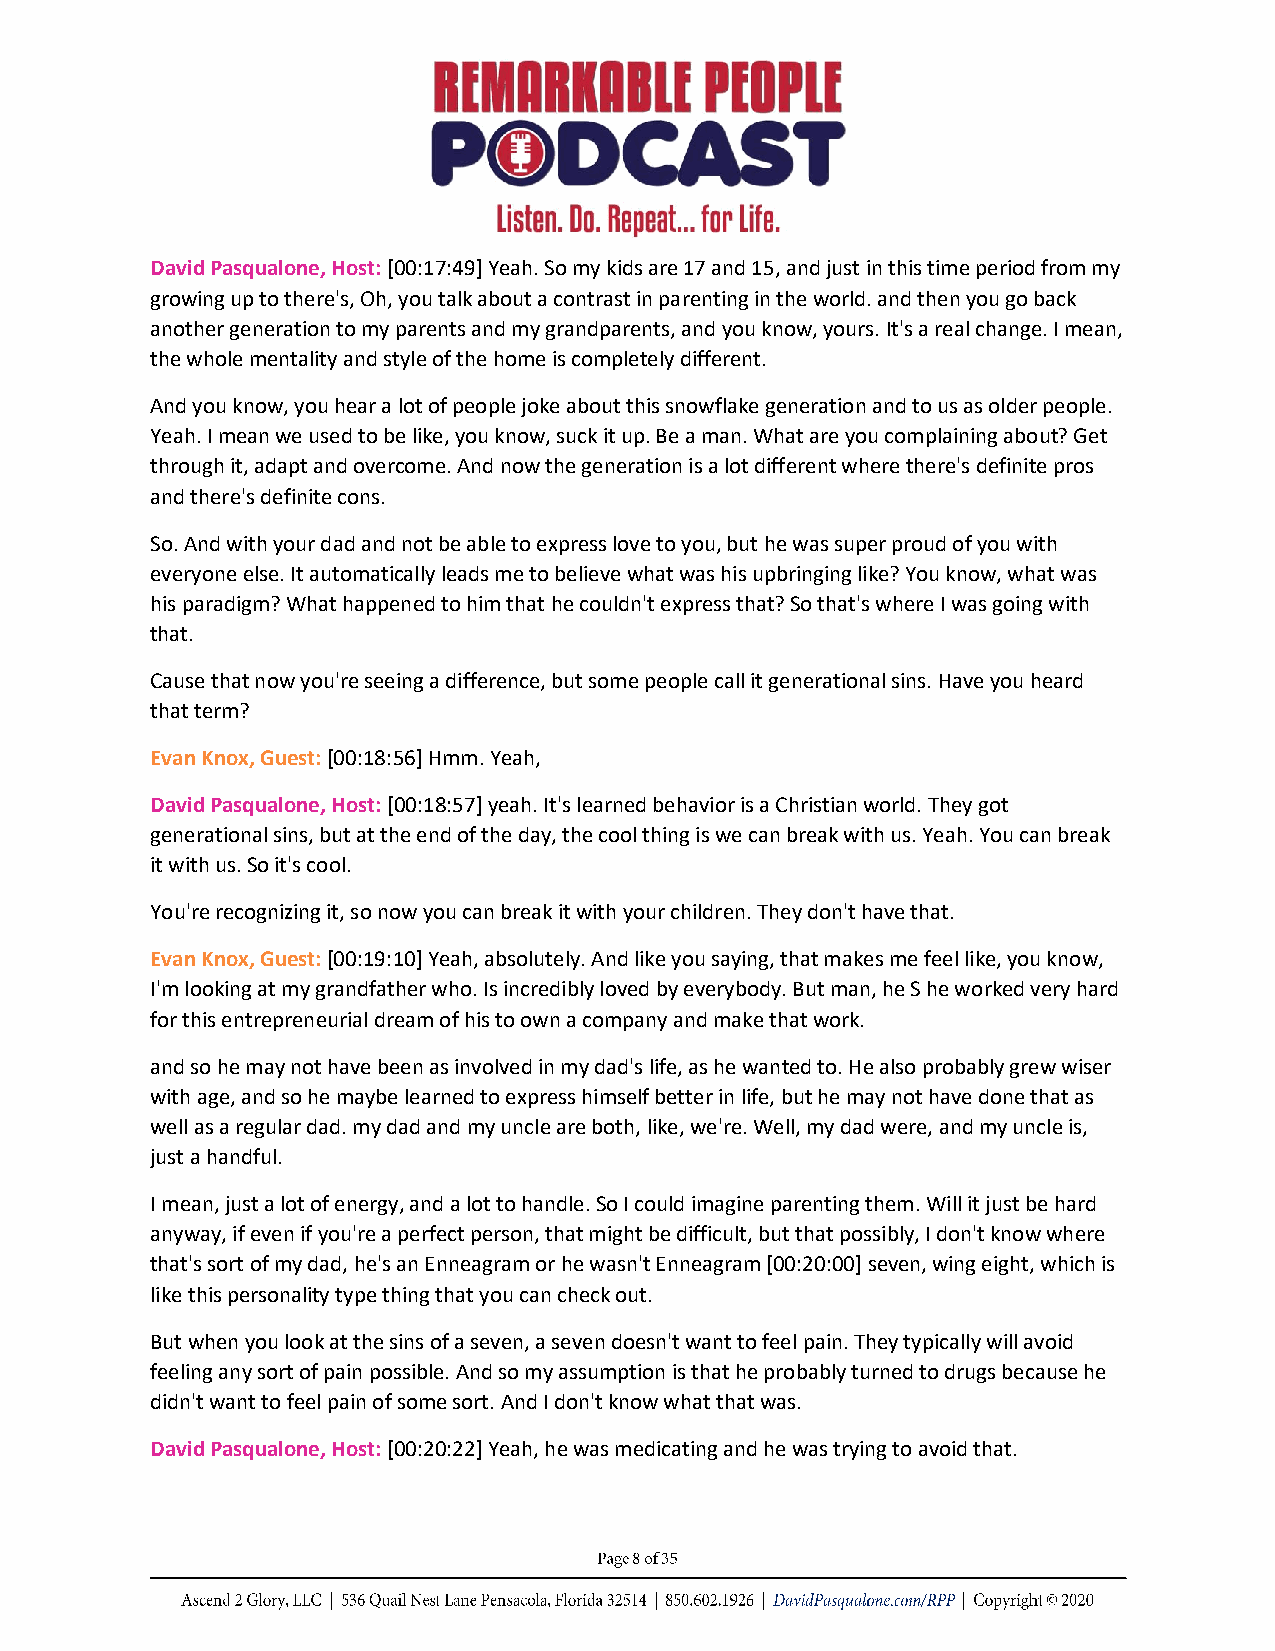
David Pasqualone, Host: [00:17:49] Yeah. So my kids are 17 and 15, and just in this time period from my
 growing up to there's, Oh, you talk about a contrast in parenting in the world. and then you go back
 another generation to my parents and my grandparents, and you know, yours. It's a real change. I mean,
 the whole mentality and style of the home is completely different.
 And you know, you hear a lot of people joke about this snowflake generation and to us as older people.
 Yeah. I mean we used to be like, you know, suck it up. Be a man. What are you complaining about? Get
 through it, adapt and overcome. And now the generation is a lot different where there's definite pros
 and there's definite cons.
 So. And with your dad and not be able to express love to you, but he was super proud of you with
 everyone else. It automatically leads me to believe what was his upbringing like? You know, what was
 his paradigm? What happened to him that he couldn't express that? So that's where I was going with
 that.
 Cause that now you're seeing a difference, but some people call it generational sins. Have you heard
 that term?
 Evan Knox, Guest: [00:18:56] Hmm. Yeah,
 David Pasqualone, Host: [00:18:57] yeah. It's learned behavior is a Christian world. They got
 generational sins, but at the end of the day, the cool thing is we can break with us. Yeah. You can break
 it with us. So it's cool.
 You're recognizing it, so now you can break it with your children. They don't have that.
 Evan Knox, Guest: [00:19:10] Yeah, absolutely. And like you saying, that makes me feel like, you know,
 I'm looking at my grandfather who. Is incredibly loved by everybody. But man, he S he worked very hard
 for this entrepreneurial dream of his to own a company and make that work.
 and so he may not have been as involved in my dad's life, as he wanted to. He also probably grew wiser
 with age, and so he maybe learned to express himself better in life, but he may not have done that as
 well as a regular dad. my dad and my uncle are both, like, we're. Well, my dad were, and my uncle is,
 just a handful.
 I mean, just a lot of energy, and a lot to handle. So I could imagine parenting them. Will it just be hard
 anyway, if even if you're a perfect person, that might be difficult, but that possibly, I don't know where
 that's sort of my dad, he's an Enneagram or he wasn't Enneagram [00:20:00] seven, wing eight, which is
 like this personality type thing that you can check out.
 But when you look at the sins of a seven, a seven doesn't want to feel pain. They typically will avoid
 feeling any sort of pain possible. And so my assumption is that he probably turned to drugs because he
 didn't want to feel pain of some sort. And I don't know what that was.
 David Pasqualone, Host: [00:20:22] Yeah, he was medicating and he was trying to avoid that.